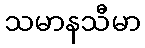
သမာနသီမာ